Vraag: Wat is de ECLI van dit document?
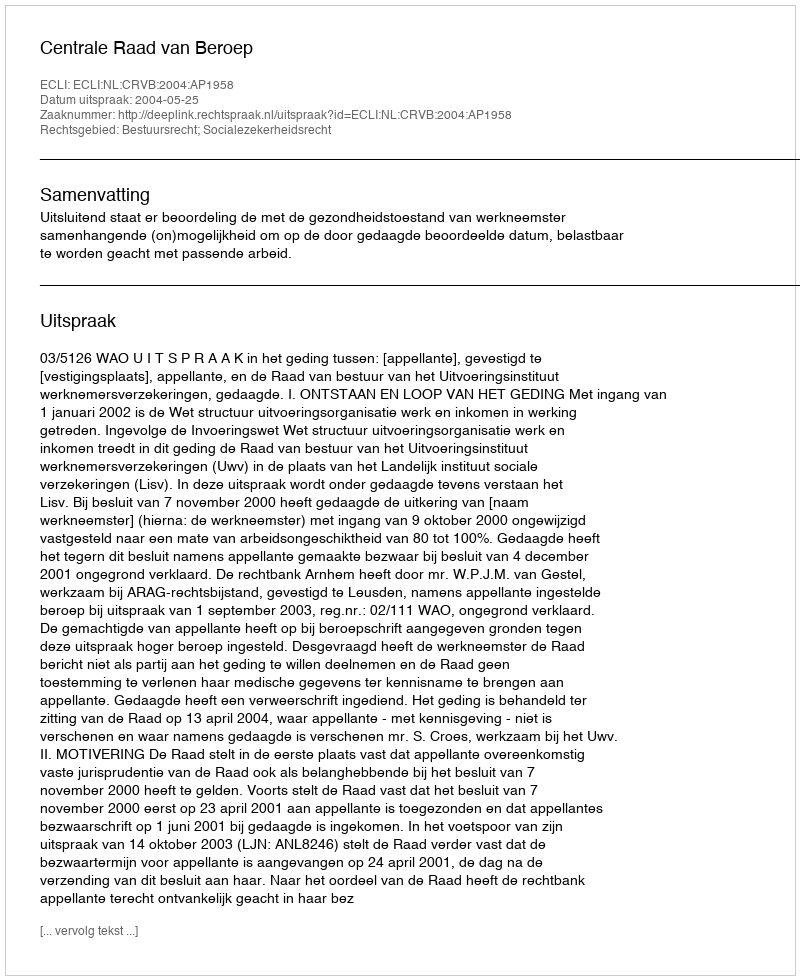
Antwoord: ECLI:NL:CRVB:2004:AP1958